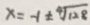
x = - 1 \pm \sqrt [ 4 ] { 1 2 8 }